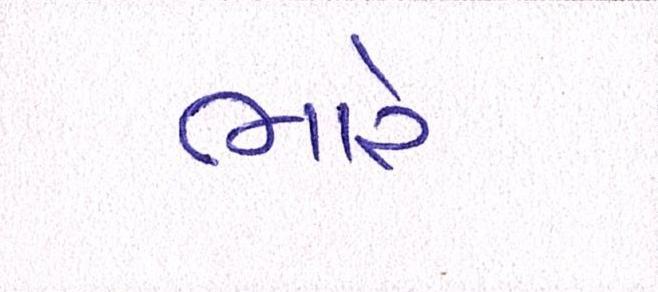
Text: ભારે